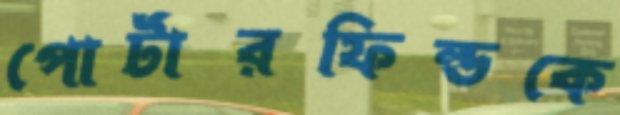
পোর্টারফিল্ডকে